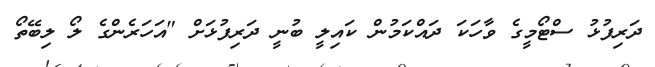
ދަރިފުޅު ސްޓޯމީގެ ވާހަކަ ދައްކަމުން ކައިލީ ބުނީ ދަރިފުޅަށް "އަހަރެންގެ ލޯ ލިބޭތޯ